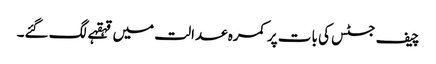
چیف جسٹس کی بات پر کمرہ عدالت میں قہقہے لگ گئے۔